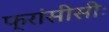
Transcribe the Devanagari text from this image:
फ्रांसीसीः